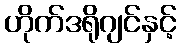
ဟိုက်ဒရိုဂျင်နှင့်